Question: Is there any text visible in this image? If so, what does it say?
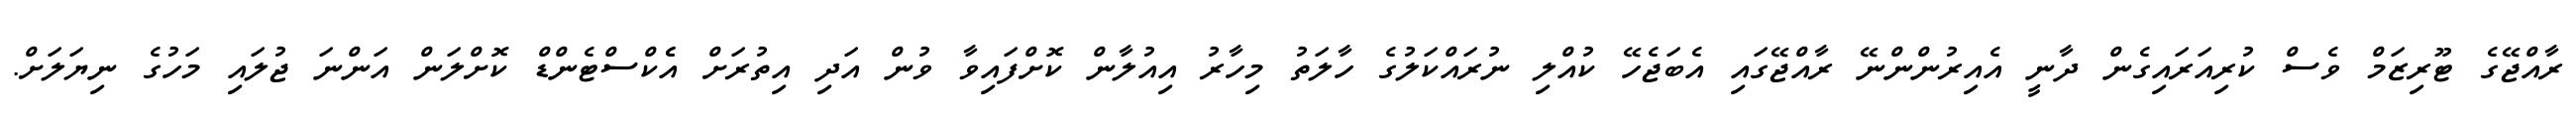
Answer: ރާއްޖޭގެ ޓޫރިޒަމް ވެސް ކުރިއަރައިގެން ދާނީ އެއިރުންންނޭ ރާއްޖޭގައި އެބަޖެހޭ ކުއްލި ނުރައްކަލުގެ ހާލަތު މިހާރު އިއުލާން ކޮށްފައިވާ ވުން އަދި އިތުރަށް އެެކްސްޓެންޑް ކޮށްލަން އަންނަ ޖުލައި މަހުގެ ނިޔަލަށް.